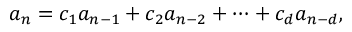
a _ { n } = c _ { 1 } a _ { n - 1 } + c _ { 2 } a _ { n - 2 } + \cdots + c _ { d } a _ { n - d } ,